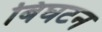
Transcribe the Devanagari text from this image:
बिघटन